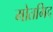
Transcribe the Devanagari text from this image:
मोतमिद